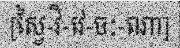
[ស្វៃ-វិ-វេ-ចៈ-ណា]